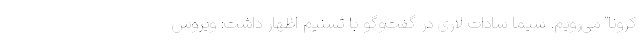
کرونا" می‌رویم. سیما سادات لاری در گفت‌وگو با تسنیم اظهار داشت: ویروس